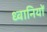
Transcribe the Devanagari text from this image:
ध्वानियों